system: You are a helpful assistant.
user:
Analyze the provided spectrum to determine if it is a **Carbon Star (C-type)**.

- **Key Visual Indicators of Carbon Star:**
    - **(Primary):** Strong molecular absorption from **C₂ (diatomic carbon) "Swan Bands."** This is the **defining feature** of a carbon star.
        - **(Key Bandheads):** Sharp absorption edges are visible at approximately $5635$ Å, $5165$ Å (the strongest band), and $4737$ Å.
        - **(Line Profile):** Creates a distinct **"saw-tooth"** pattern. The key morphology is a sharp, steep bandhead on the **red (long-wavelength) side**, which then gradually tapers off (i.e., flux recovers) towards the **blue (short-wavelength) side**. *(This is the direct opposite of the TiO bands seen in M-type stars)*.

    - **(Secondary):** Intense **CN (cyanogen)** molecular absorption bands.
        - **(Key Bandheads):** Located in the blue and violet regions of the spectrum (e.g., near $4215$ Å and $3883$ Å).
        - **(Morphology):** These bands are extremely broad and act as a "blanket," absorbing the vast majority of blue and violet light. This creates a characteristic **"cliff"** or **"steep drop-off"** in the spectrum's flux at short wavelengths.

    - **(Key Confirmation):** Strong **CH absorption band (G-band)**.
        - **(Key Bandhead):** Located around $4300$ Å. The contribution from CH molecules to this band is exceptionally strong.

    - **(Overall Spectrum):**
        - The continuum is severely "chopped up" by these deep molecular bands, especially C₂, rather than appearing as a smooth curve.
        - Due to the heavy CN and C₂ absorption in the blue-green, the vast majority of the star's flux is concentrated in the red part of the spectrum, giving the star its characteristic deep red color.

Think first, call **spectral_visualization_tool** if needed to examine features in detail, then provide your final answer. Your response must adhere to the following strict rules:
1.  **Overall Structure:** Your response must follow the format `<think>...</think> <tool_call>...</tool_call> (if a tool is used) <answer>...</answer>`.
2.  **Tool Usage Constraint:** You may only make **one** tool call per turn.
3.  **Final Answer Format:** In the `<answer>` tag, your conclusion must be inside a `\boxed{}` command (e.g., `\boxed{YES}`), followed by your justification.

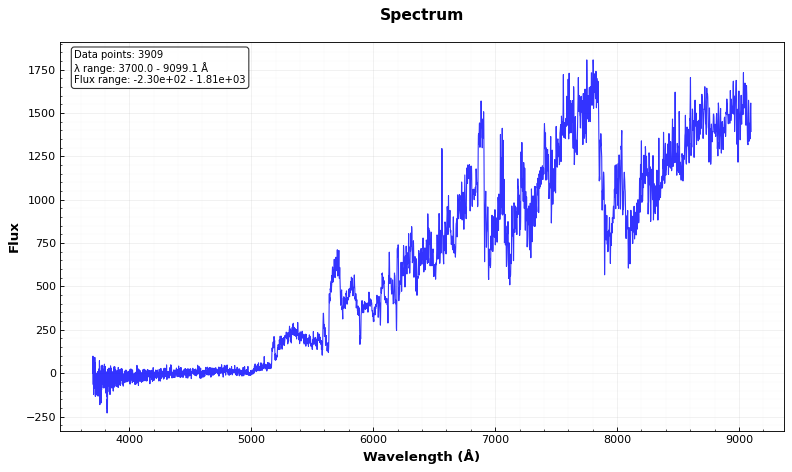
Answer: YES